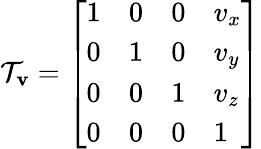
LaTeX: \mathcal{T}_{\mathbf{{v}}}={\left[\begin{array}{llll}{1}&{0}&{0}&{v_{x}}\\ {0}&{1}&{0}&{v_{y}}\\ {0}&{0}&{1}&{v_{z}}\\ {0}&{0}&{0}&{1}\end{array}\right]}